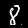
Label: 8